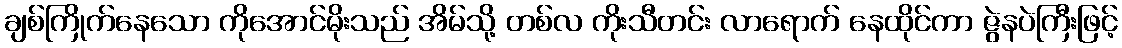
ချစ်ကြိုက်နေသော ကိုအောင်မိုးသည် အိမ်သို့ တစ်လ ကိုးသီတင်း လာရောက် နေထိုင်ကာ ဇွဲနပဲကြီးဖြင့်